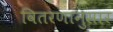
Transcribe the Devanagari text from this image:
वितरणानुसार